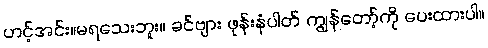
ဟင့်အင်း။မရသေးဘူး။ ခင်ဗျား ဖုန်းနံပါတ် ကျွန်တော့်ကို ပေးထားပါ။